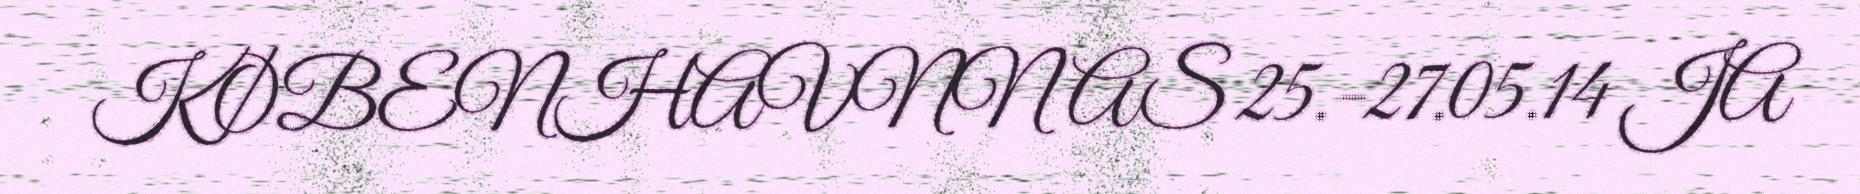
KØBENHAVNNAS 25.-27.05.14 JA